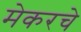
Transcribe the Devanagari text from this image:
मेकरचे